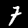
Digit: 7